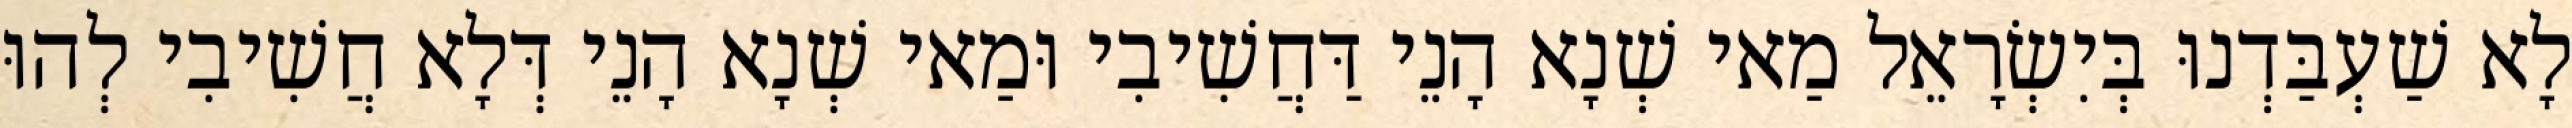
לָא שַׁעְבַּדְנוּ בְּיִשְׂרָאֵל מַאי שְׁנָא הָנֵי דַּחֲשִׁיבִי וּמַאי שְׁנָא הָנֵי דְּלָא חֲשִׁיבִי לְהוּ